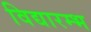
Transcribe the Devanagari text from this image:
विद्यारम्भ